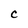
Character: C